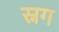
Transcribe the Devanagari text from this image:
स्नग